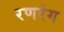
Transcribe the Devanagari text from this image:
रणरंग